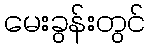
မေးခွန်းတွင်